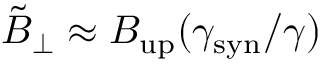
\tilde { B } _ { \perp } \approx B _ { \mathrm { u p } } ( \gamma _ { \mathrm { s y n } } / \gamma )